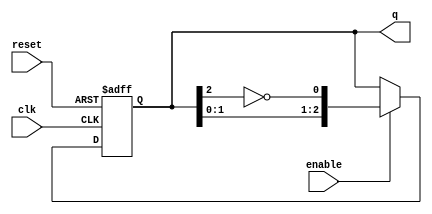
module johnson_counter #(
    parameter N = 3 // Number of flip-flops
)(
    input wire clk,         // Clock signal
    input wire reset,       // Asynchronous reset signal
    input wire enable,      // Enable signal (optional)
    output reg [N-1:0] q    // Counter output
);

    // Internal signal for feedback
    wire feedback;

    // Invert the output of the last flip-flop for feedback
    assign feedback = ~q[N-1];

    always @(posedge clk or posedge reset) begin
        if (reset) begin
            // Asynchronous reset: Set all bits to 0
            q <= 0;
        end else if (enable) begin
            // Synchronous operation
            // Shift the counter state while applying feedback
            q <= {q[N-2:0], feedback};
        end
    end
endmodule